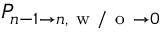
P _ { n - 1 \to n , \mathrm { ~ w ~ / ~ o ~ } \to 0 }